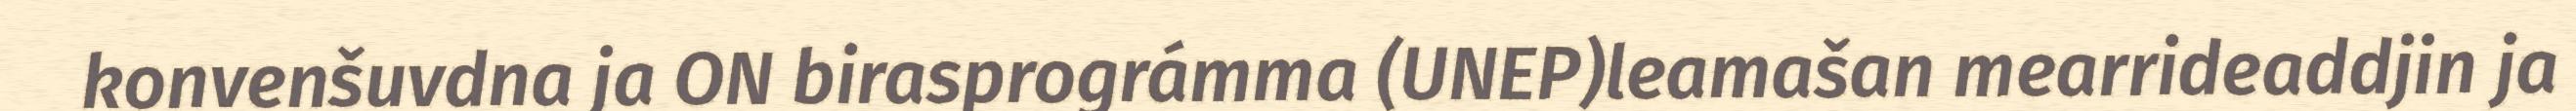
konvenšuvdna ja ON birasprográmma (UNEP)leamašan mearrideaddjin ja